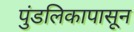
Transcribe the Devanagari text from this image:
पुंडलिकापासून